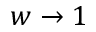
w \to 1